Indian journal of veterinary science and animal husbandry - Volume 3,
Year: 1933
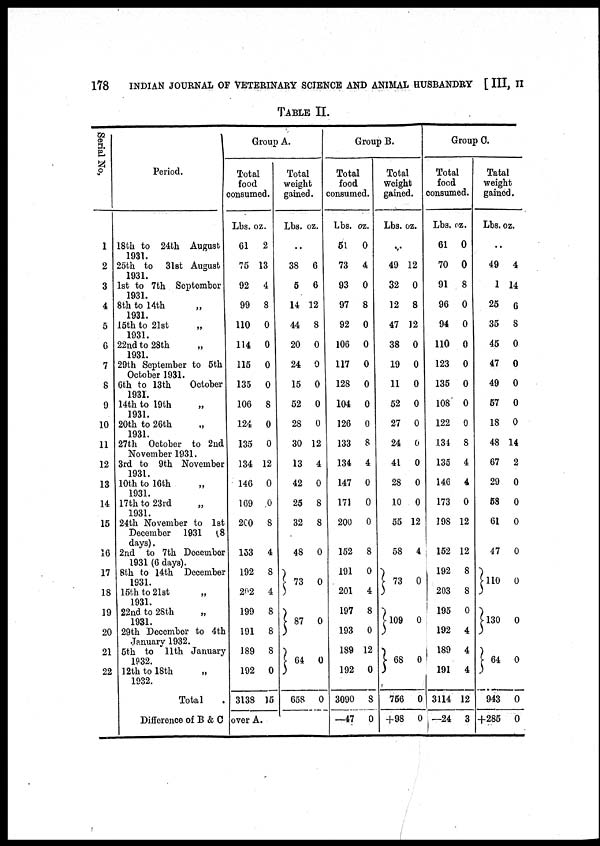
178
INDIAN JOURNAL OF VETERINARY SCIENCE AND ANIMAL HUSBANDRY [ III, II
TABLE II.
Serial No,
1
2
3
4
5
6
7
8
9
10
11
12
13
14
15
16
17
18
19
20
21
22
Period.
18th to 24th August
1931.
25th to 31st August
1931.
1st to 7th September
1931.
8th to 14th
1931.
15th to 21st „
1931.
22nd to 28th „
1931.
29th September to 5th
October 1931.
6th to 13th
October
1931.
14th to 19th
1931.
20th to 26th „
1931.
27th October to 2nd
November 1931.
3rd to 9th November
1931.
10th to 16th „
1931.
17th to 23rd „
1931.
24th November to 1st
December
1931
(8
days).
2nd to 7th December
1931 (6 days).
8th to 14th December
1931.
15th to 21st
„
1931.
22nd to 28th
„
1931.
29th December to 4th
January 1932.
5th to 11th January
1932.
12th to 18th
„
1932.
Total .
Difference of B & C
Group A.
Total
food
consumed.
Lbs. oz.
61
2
75 13
92
4
99
8
110
0
114
0
115
0
135
0
106
8
124
0
135
0
134 12
146
0
169
0
260
8
153
4
192
8
262
4
199
8
191
8
189 8
192
0
3138 15
over A.
Total
weight
gained.
Lbs. oz.
. .
38
6
5
6
14 12
44
8
20
0
24
0
15
0
52
0
28
0
30 12
13
4
42
0
25
8
32
8
48
0
} 73 0
} 87
0
} 64
0
658
0
Group B.
Total
food
consumed.
Lbs. oz.
51
0
73
4
93
0
97
8
92
0
106
0
117
0
128
0
104
0
126 0
133 8
134
4
147 0
171
0
200
0
152
8
191
0
201
4
197 8
193 0
189 12
192
0
3090
8
—47
0
Total
Weight
gained.
Lbs. oz.
. .
49 12
32
0
12
8
47 12
38 0
19
0
11
0
52
0
27
0
24 0
41
0
28
0
10 0
55 12
58 4
} 73 0
}l09 0
} 68 0
756
0
+98
0
Group
Total
food
consumed.
Lbs. oz.
61
0
70
0
91
8
96
0
94
0
110 0
123 0
135
0
108 0
122 0
134
8
135 4
146 4
173 0
198 12
152 12
192
8
203
8
195 0
192
4
189
4
191
4
3114 12
—24
3
C.
Total
weight
gained.
Lbs. oz.
. .
49
4
1 14
26
6
35
8
45
0
47
0
49
0
57
0
18 0
48 14
67
2
29
0
58
0
61
0
47
0
}110
0
}l30
0
} 64
0
943
0
+285
0